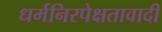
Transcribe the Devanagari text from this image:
धर्मनिरपेक्षतावादी